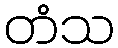
တံသ